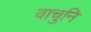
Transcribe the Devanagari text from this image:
वाचुनि